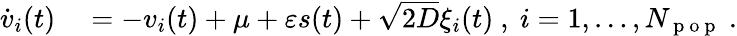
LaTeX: \begin{array}{rl}{\dot{v}_{i}(t)}&{{}=-v_{i}(t)+\mu+\varepsilon s(t)+\sqrt{2D}\xi_{i}(t)\ ,\ i=1,\ldots,N_{\mathrm{~p~o~p~}}\ .}\end{array}